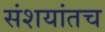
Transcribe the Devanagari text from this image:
संशयांतच